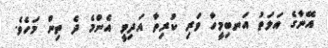
އޭނާގެ އަލަތު އަނބިމީހާ ވަރި ކުރިތާ އަދިވީ އެންމެ ދެ ތިން މަހެވެ.